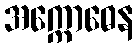
အက္ကောဓေန